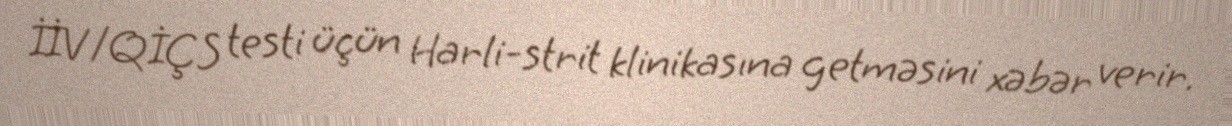
İİV/QİÇS testi üçün Harli-strit klinikasına getməsini xəbər verir.